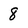
Character: 8